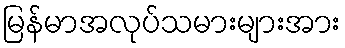
မြန်မာအလုပ်သမားများအား